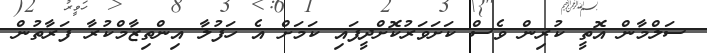
ސަލްމާން އޮތީ ކުރިން ވެސް ކަށަވަރުކޮށްދީފައި ކަމަށް އެ ހަފުލާ އިންތިޒާމްކުރާ ފަރާތުން